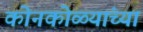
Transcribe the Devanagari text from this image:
कोनकोळ्यांच्या